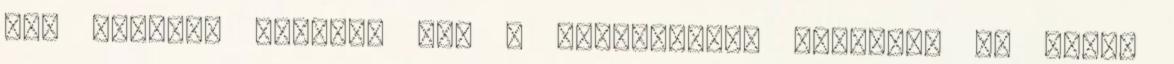
6-6 egyenlő részre. Így a háromszöget összesen 36 darab